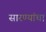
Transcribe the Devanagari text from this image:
सारण्यांचा